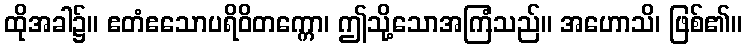
ထိုအခါ၌။ ဧတံဧသောပရိဝိတက္ကော၊ ဤသို့သောအကြံသည်။ အဟောသိ၊ ဖြစ်၏။